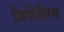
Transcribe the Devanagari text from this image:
ग्रिसेलिय